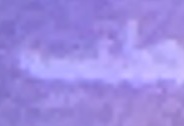
طب